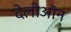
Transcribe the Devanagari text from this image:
देलीऑन